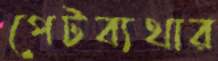
পেটব্যথার